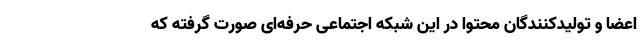
اعضا و تولیدکنندگان محتوا در این شبکه اجتماعی حرفه‌ای صورت گرفته که